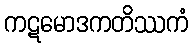
ကဋမောဒကတိဿကံ